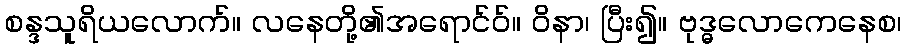
စန္ဒသူရိယလောက်။ လနေတို့၏အရောင်ဝ်။ ဝိနာ၊ ပြီး၍။ ဗုဒ္ဓလောကေနေစ၊